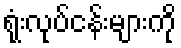
ရုံးလုပ်ငန်းများကို